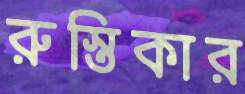
রুস্তিকার